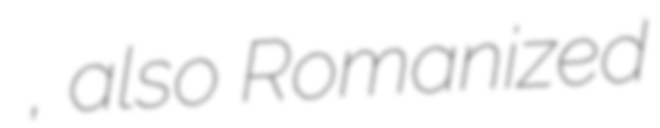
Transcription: طالب قشلاقي, also Romanized